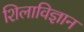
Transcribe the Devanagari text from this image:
शिलाविज्ञान